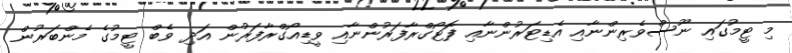
މި ޓީމުގައި ނޫސްވެރިންނާއި އެޑިޓަރުންނާއި ފޮޓޯގްރާފަރުންނާއި ވީޑިއޯގްރާފަރުން އަދި ވެބް ޓީމުގެ މެންބަރުން